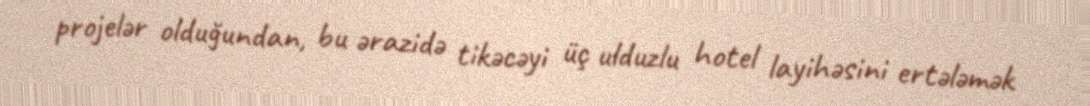
projelər olduğundan, bu ərazidə tikəcəyi üç ulduzlu hotel layihəsini ertələmək